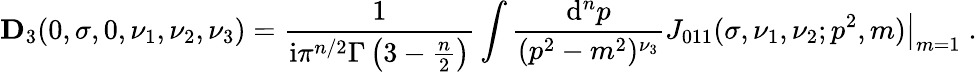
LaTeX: {\mathbf D_{3}}(0,\sigma,0,\nu_{1},\nu_{2},\nu_{3})=\frac{1}{\mathrm{i}\pi^{n/2}\Gamma\left(3-\frac{n}{2}\right)}\int\frac{\mathrm{d}^{n}p}{(p^{2}-m^{2})^{\nu_{3}}}\left.J_{011}(\sigma,\nu_{1},\nu_{2};p^{2},m)\right|_{m=1}\; .